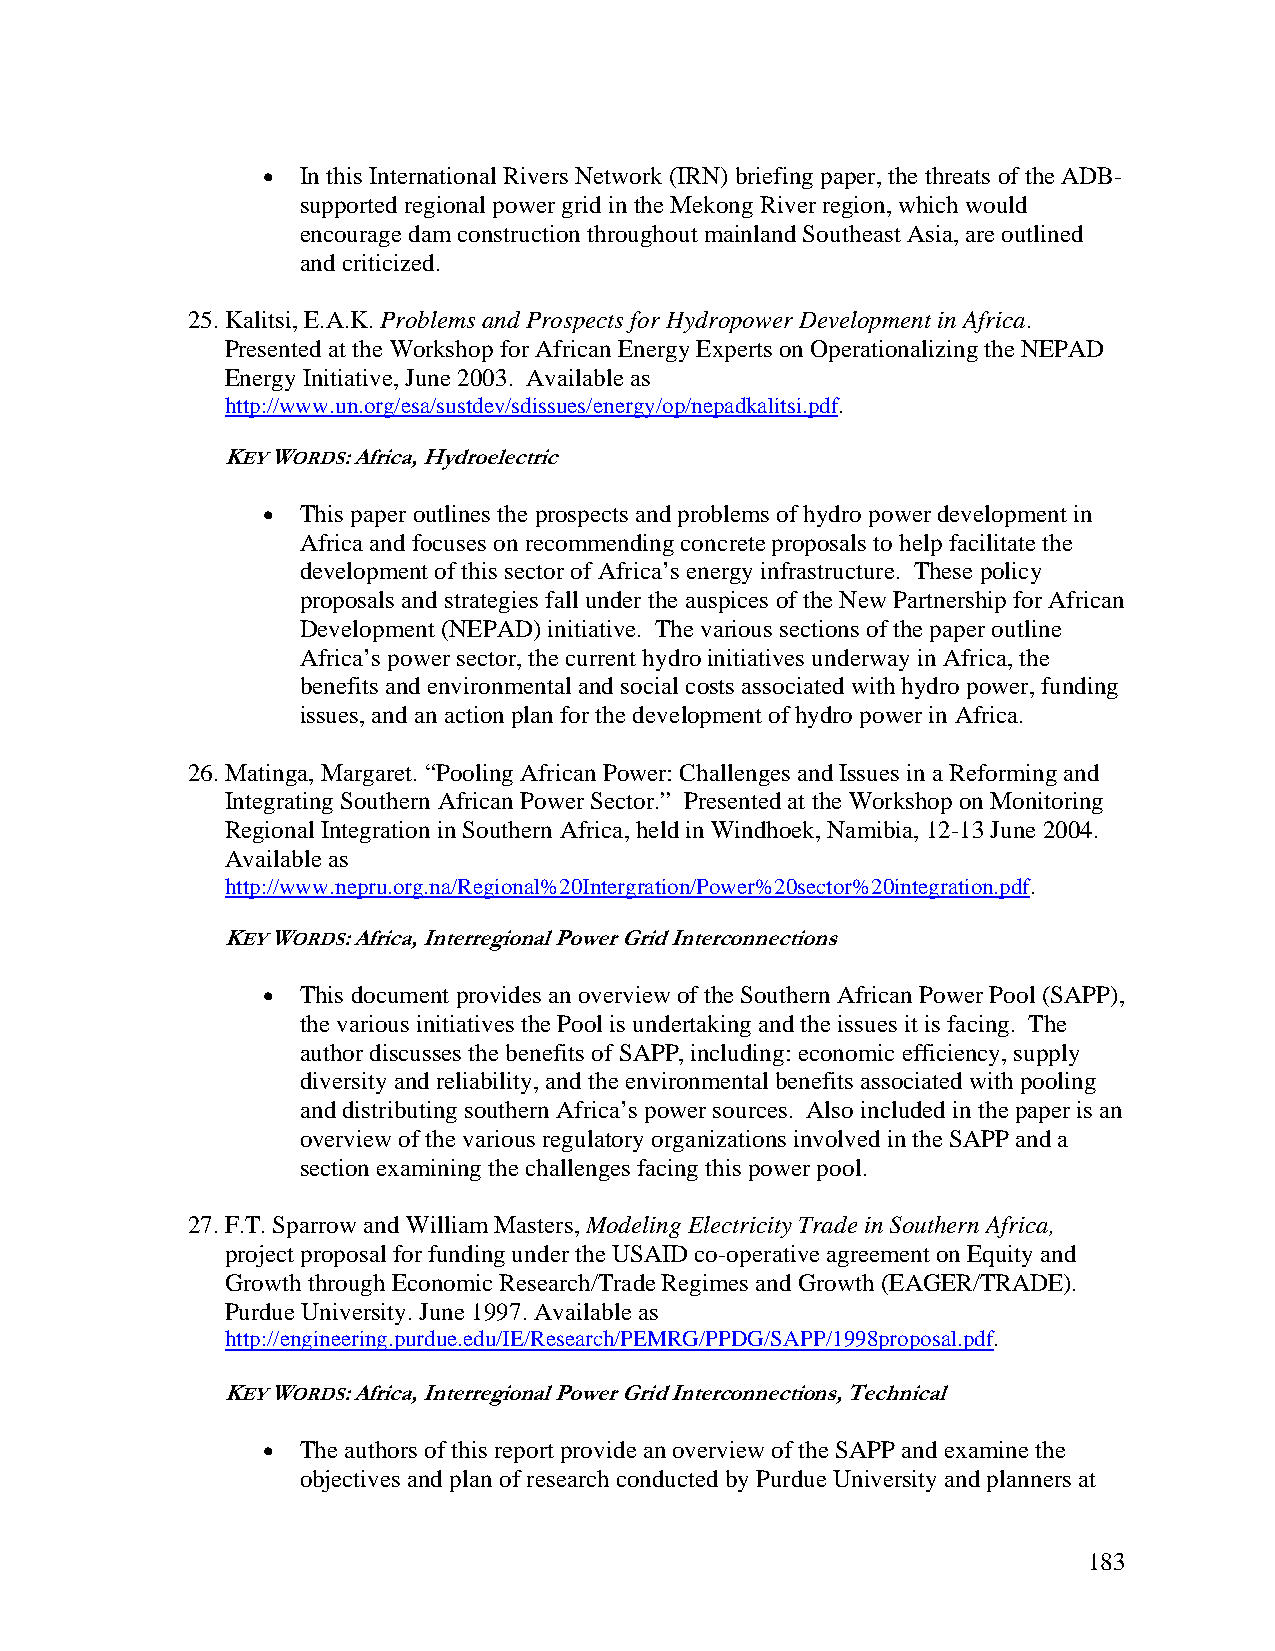
•  In this International Rivers Network (IRN) briefing paper, the threats of the ADB-
 supported regional power grid in the Mekong River region, which would
 encourage dam construction throughout mainland Southeast Asia, are outlined
 and criticized.
 25. Kalitsi, E.A.K. Problems and Prospects for Hydropower Development in Africa.
 Presented at the Workshop for African Energy Experts on Operationalizing the NEPAD
 Energy Initiative, June 2003. Available as
 http://www.un.org/esa/sustdev/sdissues/energy/op/nepadkalitsi.pdf.
 KEY WORDS: Africa, Hydroelectric
 •  This paper outlines the prospects and problems of hydro power development in
 Africa and focuses on recommending concrete proposals to help facilitate the
 development of this sector of Africa’s energy infrastructure. These policy
 proposals and strategies fall under the auspices of the New Partnership for African
 Development (NEPAD) initiative. The various sections of the paper outline
 Africa’s power sector, the current hydro initiatives underway in Africa, the
 benefits and environmental and social costs associated with hydro power, funding
 issues, and an action plan for the development of hydro power in Africa.
 26. Matinga, Margaret. “Pooling African Power: Challenges and Issues in a Reforming and
 Integrating Southern African Power Sector.” Presented at the Workshop on Monitoring
 Regional Integration in Southern Africa, held in Windhoek, Namibia, 12-13 June 2004.
 Available as
 http://www.nepru.org.na/Regional%20Intergration/Power%20sector%20integration.pdf.
 KEY WORDS: Africa, Interregional Power Grid Interconnections
 •  This document provides an overview of the Southern African Power Pool (SAPP),
 the various initiatives the Pool is undertaking and the issues it is facing. The
 author discusses the benefits of SAPP, including: economic efficiency, supply
 diversity and reliability, and the environmental benefits associated with pooling
 and distributing southern Africa’s power sources. Also included in the paper is an
 overview of the various regulatory organizations involved in the SAPP and a
 section examining the challenges facing this power pool.
 27. F.T. Sparrow and William Masters, Modeling Electricity Trade in Southern Africa,
 project proposal for funding under the USAID co-operative agreement on Equity and
 Growth through Economic Research/Trade Regimes and Growth (EAGER/TRADE).
 Purdue University. June 1997. Available as
 http://engineering.purdue.edu/IE/Research/PEMRG/PPDG/SAPP/1998proposal.pdf.
 KEY WORDS: Africa, Interregional Power Grid Interconnections, Technical
 •  The authors of this report provide an overview of the SAPP and examine the
 objectives and plan of research conducted by Purdue University and planners at
 183